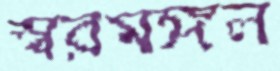
স্বরমঙ্গল